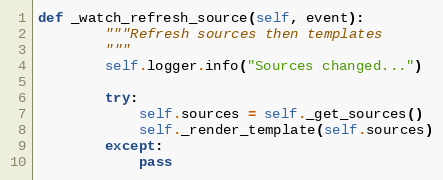
Language: Python
def _watch_refresh_source(self, event):
        """Refresh sources then templates
        """
        self.logger.info("Sources changed...")

        try:
            self.sources = self._get_sources()
            self._render_template(self.sources)
        except:
            pass